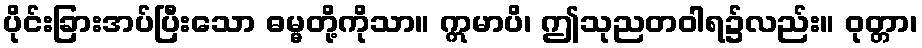
ပိုင်းခြားအပ်ပြီးသော ဓမ္မတို့ကိုသာ။ ဣမာပိ၊ ဤသုညတဝါရ၌လည်း။ ဝုတ္တာ၊